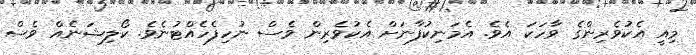
މިއީ އެކުވެރިންގެ ވާހަކަ އެވެ. އެމަނިކުފާނަށް އެކުވެރިން ވެސް ނުހިފެހެއްޓުނެވެ. ކޯލިޝަނެއް ވެސް